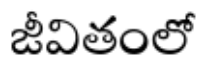
జీవితంలో